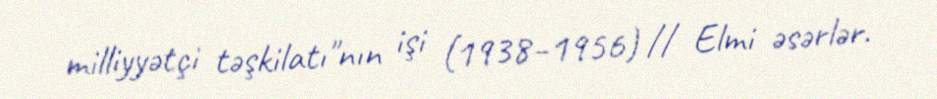
milliyyətçi təşkilatı"nın işi (1938–1956) // Elmi əsərlər.